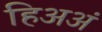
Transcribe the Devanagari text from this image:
हिअअं